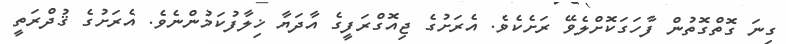
ގިނަ ގޮތްގޮތުން ފާހަގަކޮށްލެވޭ ރަށެކެވެ. އެރަށުގެ ޖިއޮގްރަފީގެ އާދަޔާ ޚިލާފުކަމުންނެވެ. އެރަށުގެ ޤުދްރަތީ